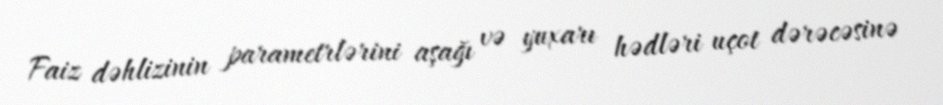
Faiz dəhlizinin parametrlərini aşağı və yuxarı hədləri uçot dərəcəsinə